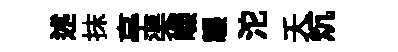
述抹亭渠嶸韔沱夭炕